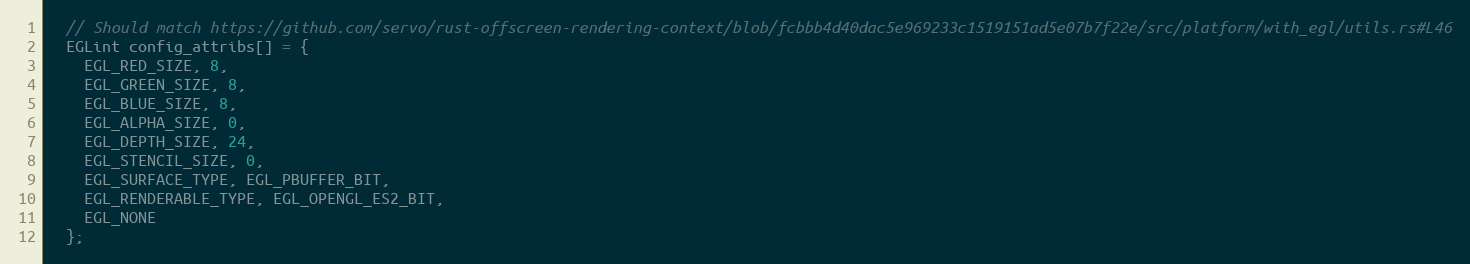
Language: C++
  // Should match https://github.com/servo/rust-offscreen-rendering-context/blob/fcbbb4d40dac5e969233c1519151ad5e07b7f22e/src/platform/with_egl/utils.rs#L46
  EGLint config_attribs[] = {
    EGL_RED_SIZE, 8,
    EGL_GREEN_SIZE, 8,
    EGL_BLUE_SIZE, 8,
    EGL_ALPHA_SIZE, 0,
    EGL_DEPTH_SIZE, 24,
    EGL_STENCIL_SIZE, 0,
    EGL_SURFACE_TYPE, EGL_PBUFFER_BIT,
    EGL_RENDERABLE_TYPE, EGL_OPENGL_ES2_BIT,
    EGL_NONE
  };